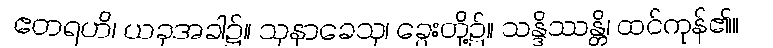
ဧတရဟိ၊ ယခုအခါ၌။ သုနာခေသု၊ ခွေးတို့၌။ သန္ဒိဿန္တိ၊ ထင်ကုန်၏။